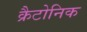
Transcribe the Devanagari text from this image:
क्रैटोनिक